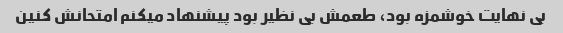
بی نهایت خوشمزه بود، طعمش بی نظیر بود پیشنهاد میکنم امتحانش کنین